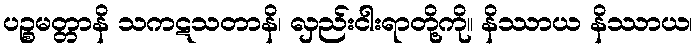
ပဉ္စမတ္တာနိ သကဋသတာနိ၊ လှည်းငါးရာတို့ကို။ နိဿာယ နိဿာယ၊